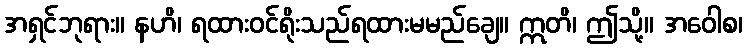
အရှင်ဘုရား။ နဟိ၊ ရထားဝင်ရိုးသည်ရထားမမည်ချေ။ ဣတိ၊ ဤသို့။ အဝေါစ၊